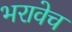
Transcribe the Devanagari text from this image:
भरावेच